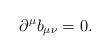
LaTeX: \begin{align*}\partial^\mu b_{\mu\nu} = 0. \end{align*}